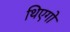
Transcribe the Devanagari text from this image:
थिएगो